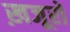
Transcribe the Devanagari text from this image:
ख़जूरों